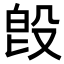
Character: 𣪘